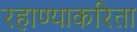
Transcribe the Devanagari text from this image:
रहाण्याकरिता